65_HS1-834228961_62-HQ-83894_Section_1
Agency: FBI
Page 144
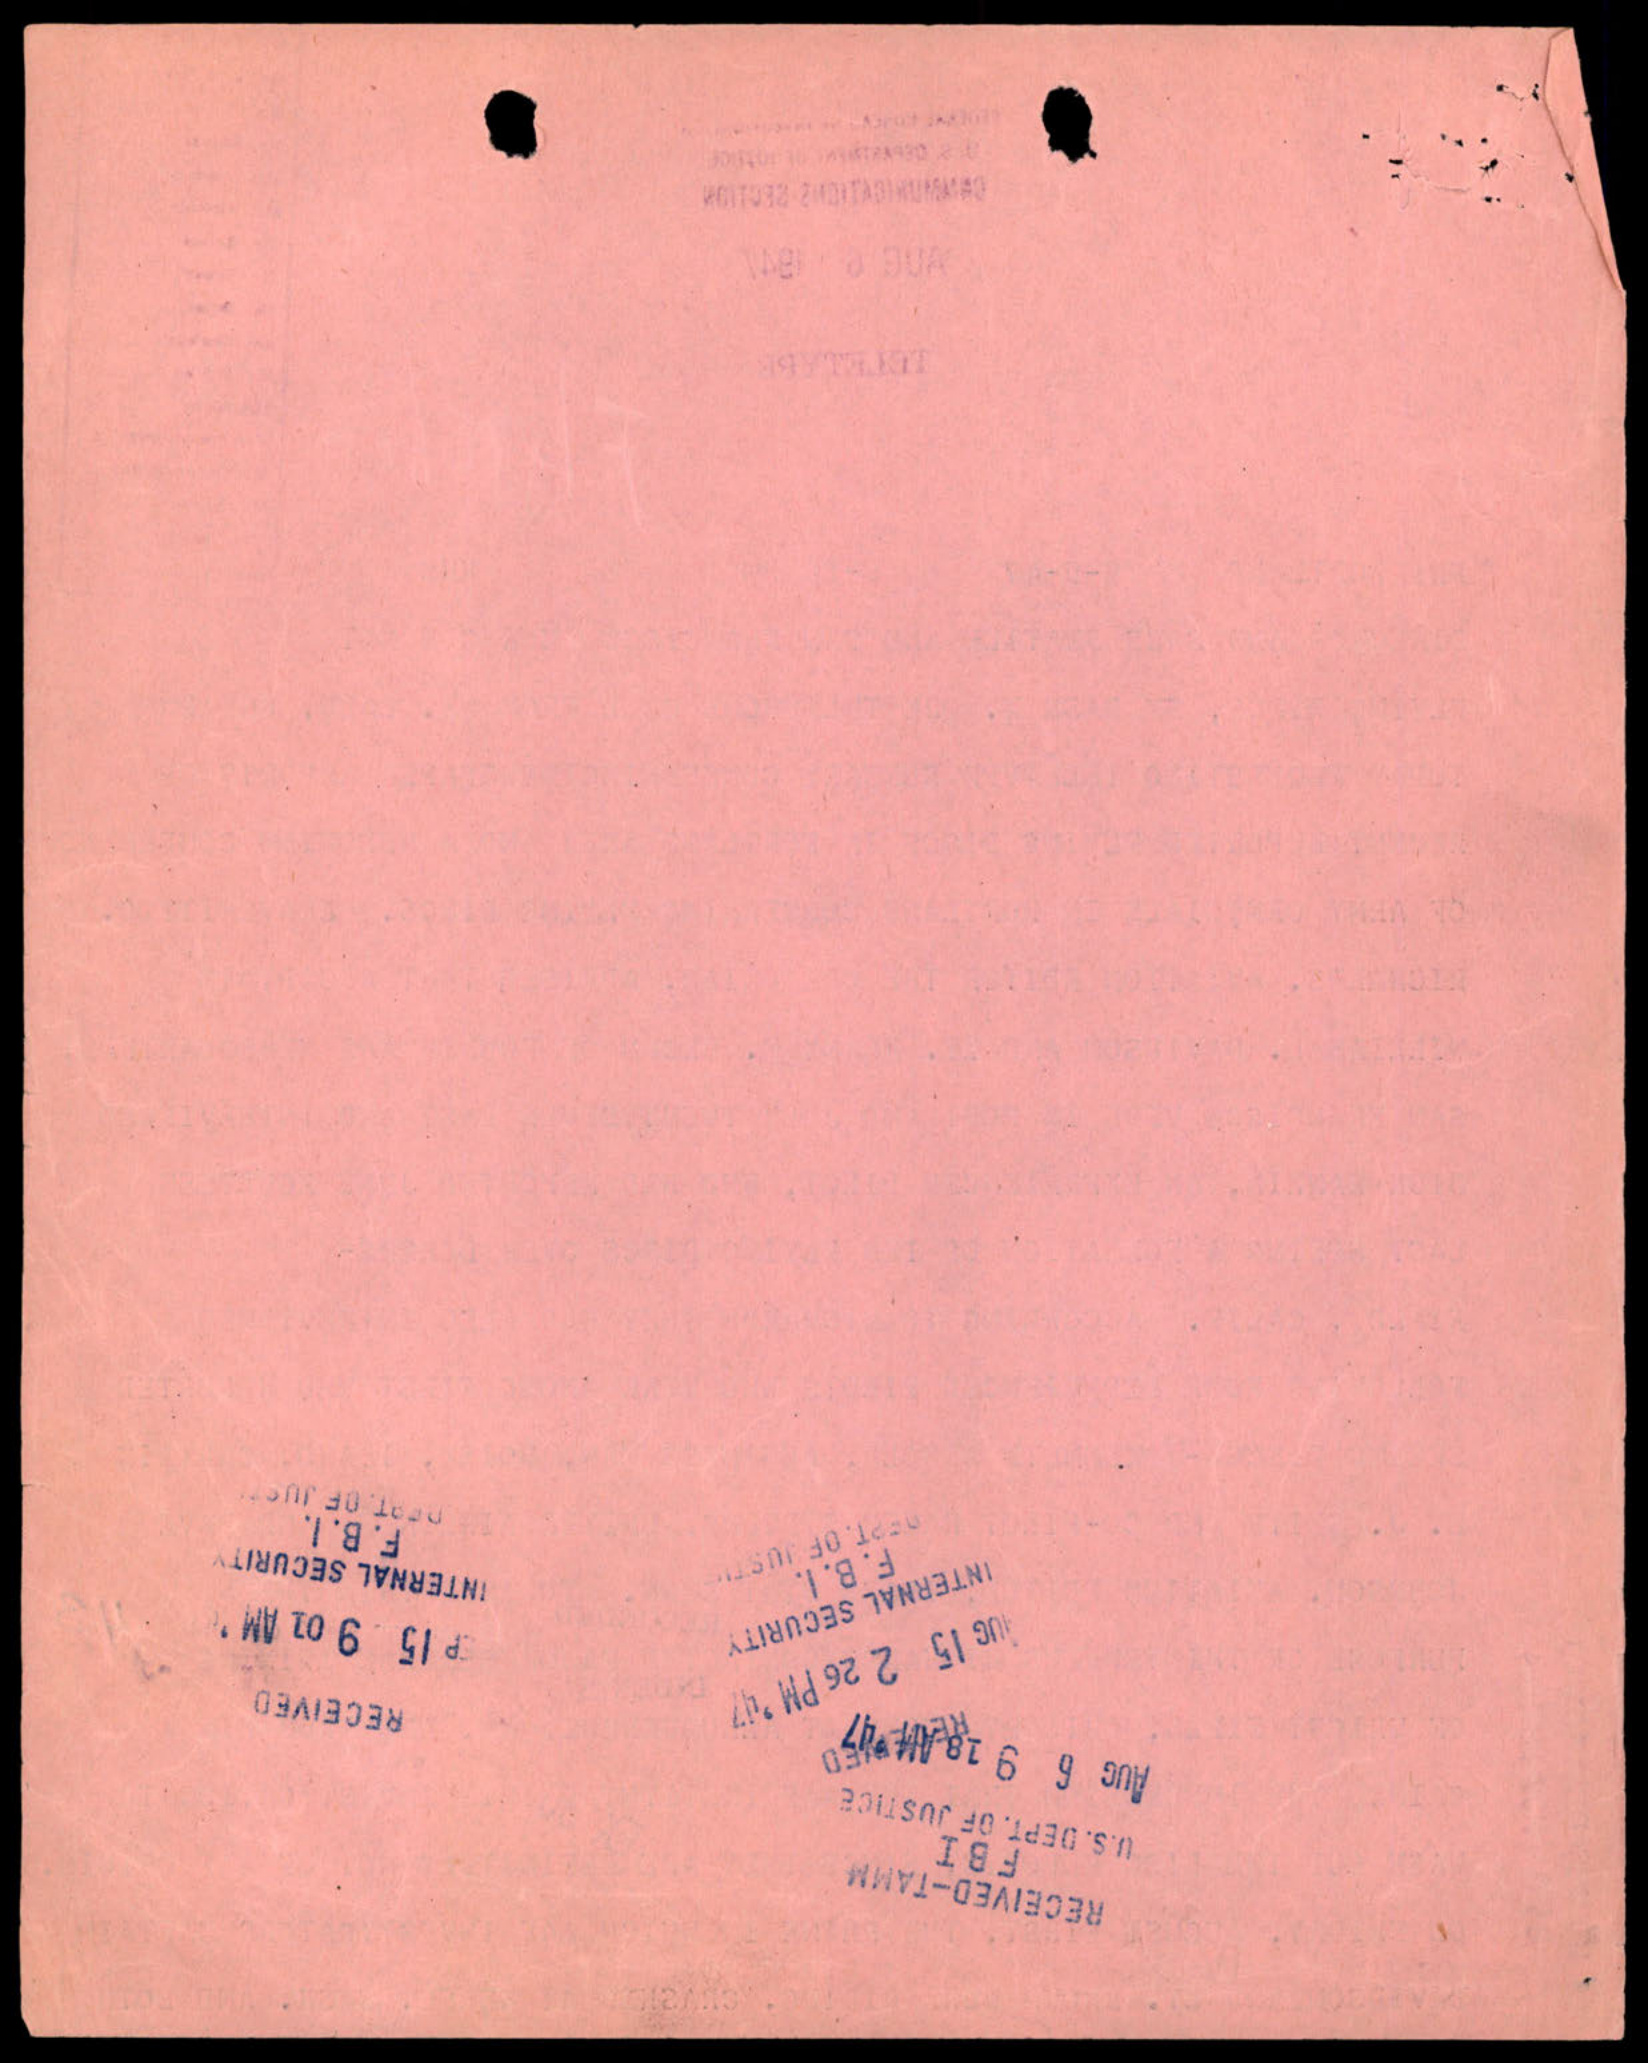